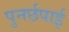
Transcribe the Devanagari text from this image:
पुनर्छपाई